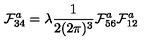
\mathcal { F } _ { 3 4 } ^ { a } = \lambda \frac { 1 } { 2 ( 2 \pi ) ^ { 3 } } \mathcal { F } _ { 5 6 } ^ { a } \mathcal { F } _ { 1 2 } ^ { a }